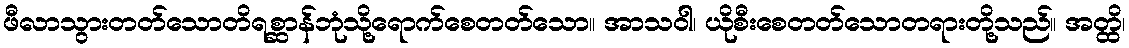
ဖီလာသွားတတ်သောတိရစ္ဆာန်ဘုံသို့ရောက်စေတတ်သော။ အာသဝါ၊ ယိုစီးစေတတ်သောတရားတို့သည်။ အတ္ထိ၊